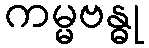
ကမ္မဗန္ဓု